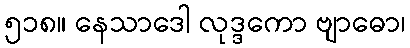
၅၁၈။ နေသာဒေါ လုဒ္ဒကော ဗျာဓော၊